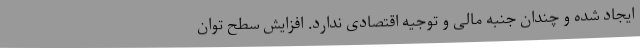
ایجاد شده و چندان جنبه‌ مالی و توجیه اقتصادی ندارد. افزایش سطح توان